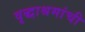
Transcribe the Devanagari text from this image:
वृद्धाश्रमांची